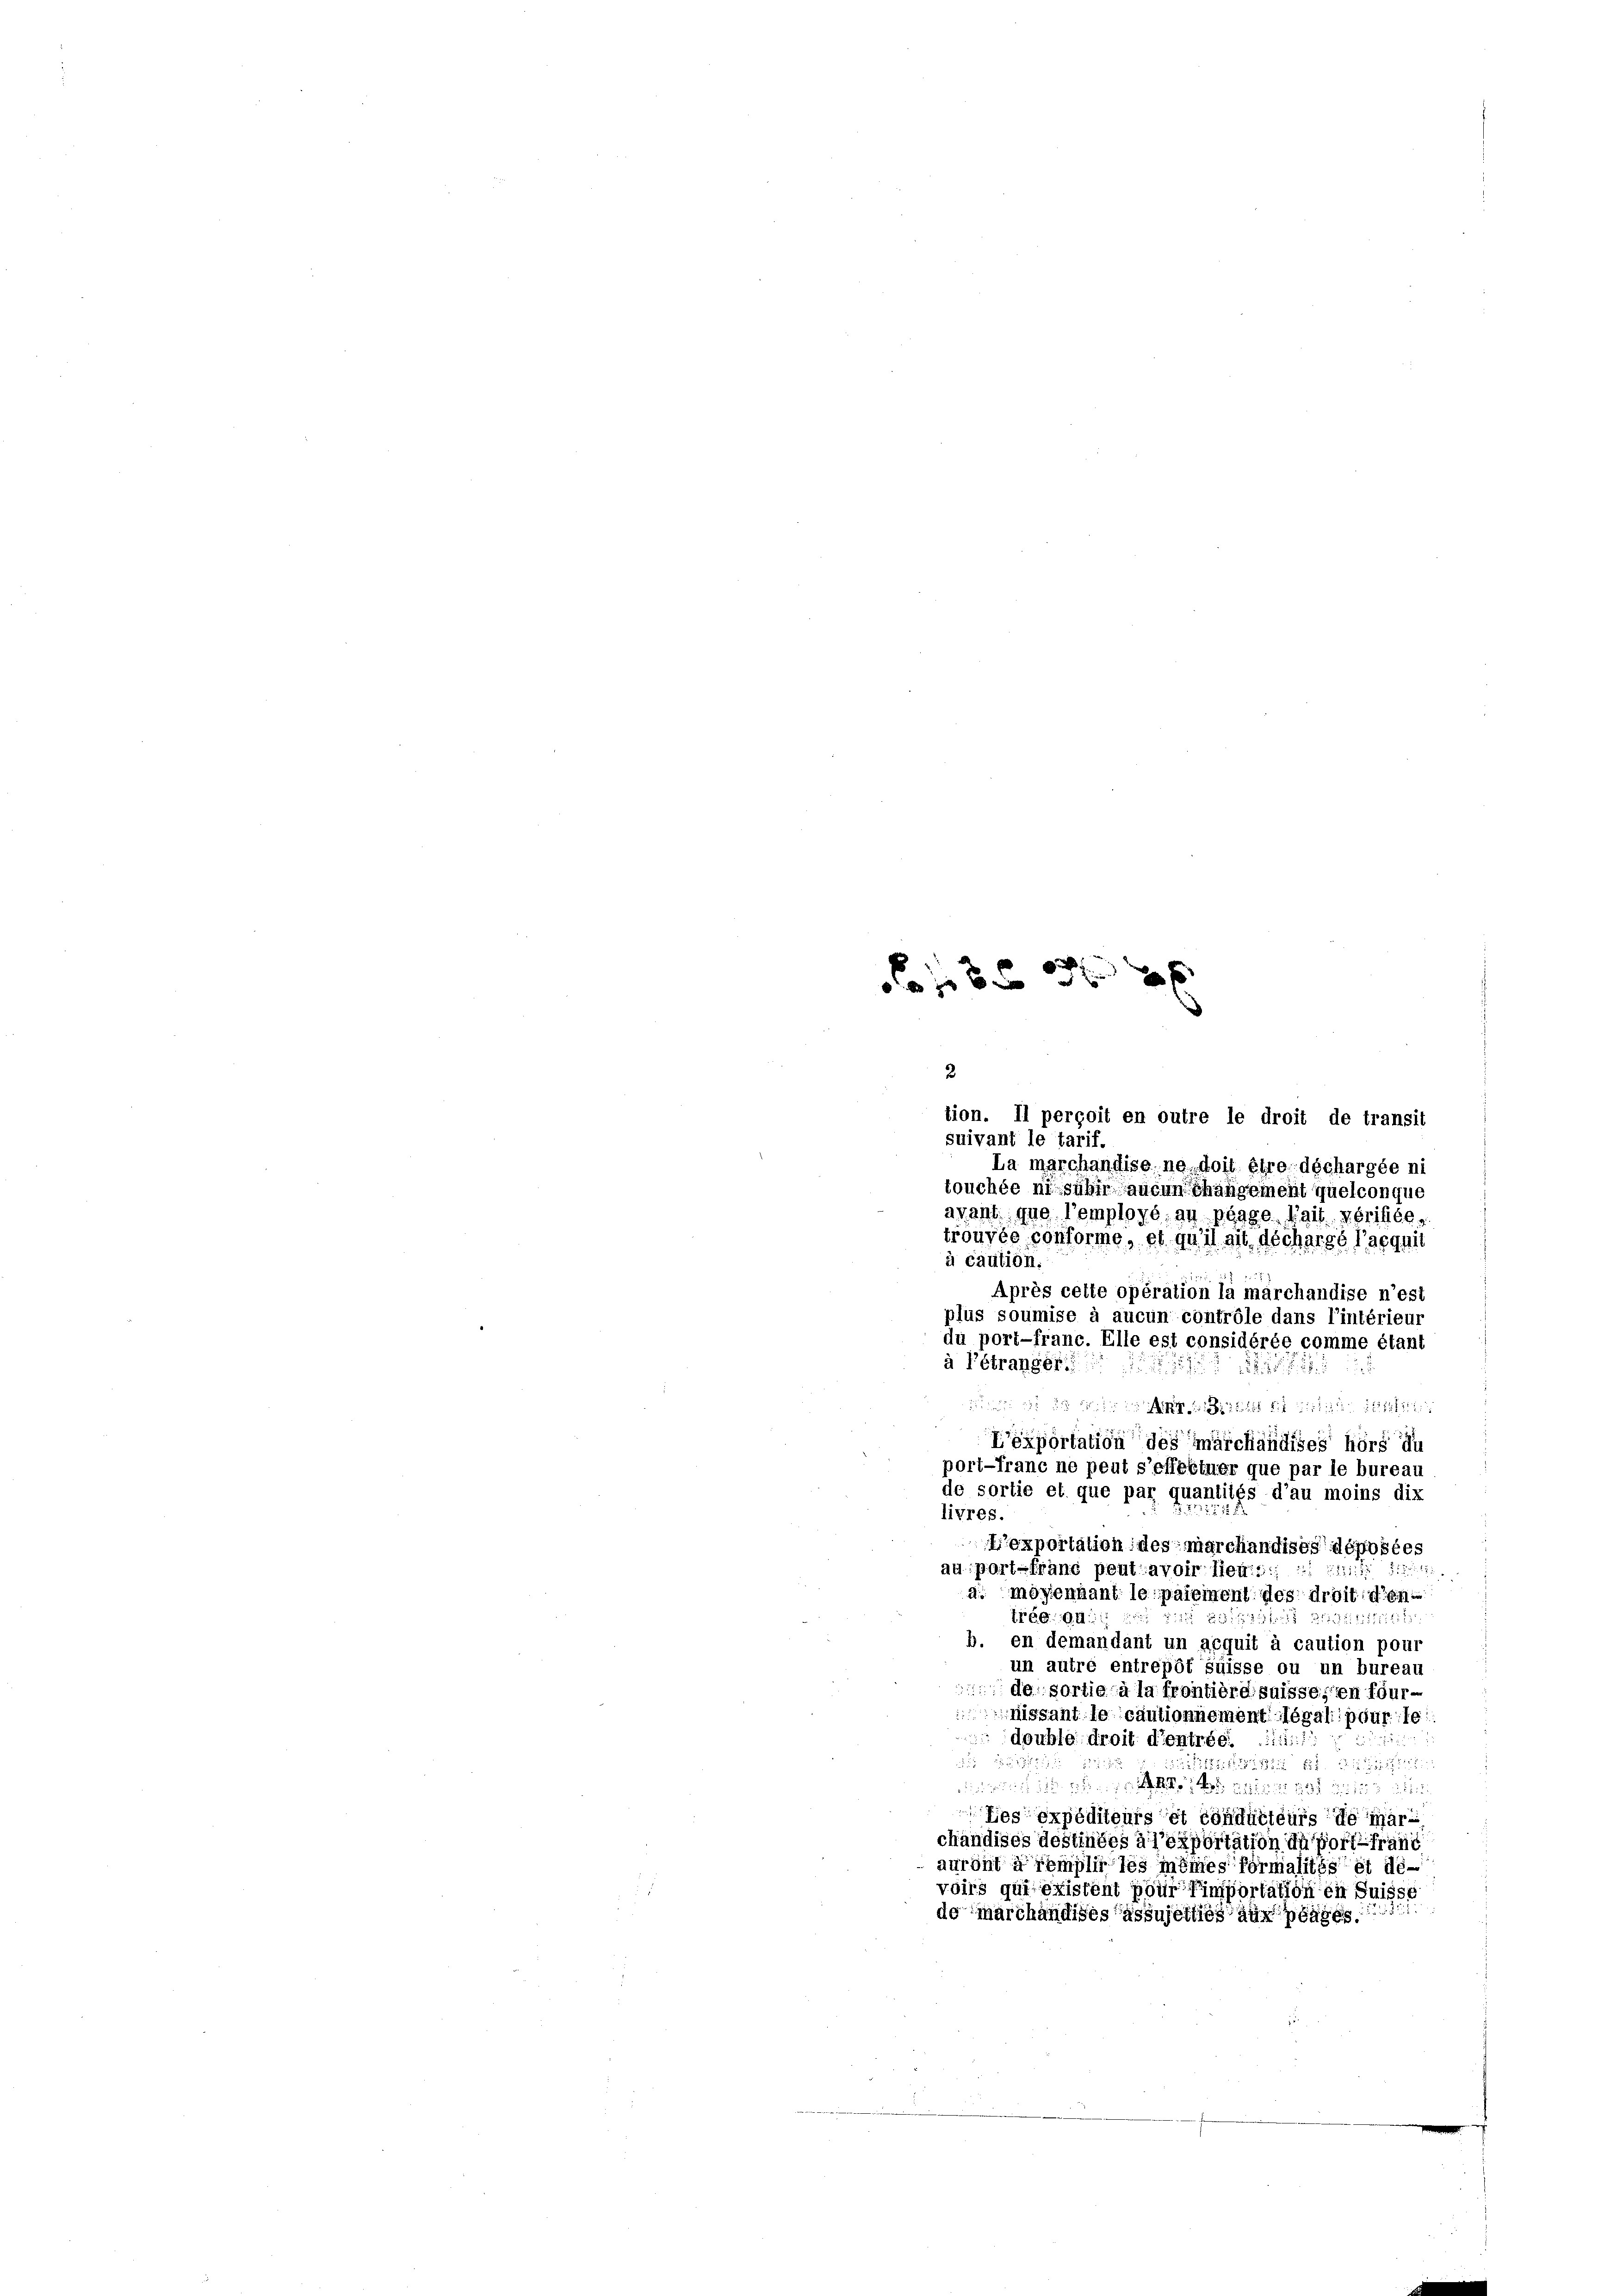
2 x
f 18 x

2
tion. Il perçoit en outre le droit de transit
suivant le tarif.
La marchandise ne doit être déchargée ni
touchée ni suhin aucun changement quelconque
avant que l’employé au pägge lail vérifiée,
trouvée conforme, et qu’il ait déchargé l’acquit
à caution.
Après cette opération la marchandise n’est
plus soumise à aucun contrôle dans l’intérieur
du port-franc. Elle est considérée comme étant
à l’étranger.
25

  d   die Stil die
L’exportation des marchändiges hörs du
pori-franc ne peut s’effektuer que par le bureau
de sortie et que par quantités d’au moins dix
livres.
Lexportation des marchandisce déposées
2
au port-franc peut avoir lieu::
a mögennant le paiement des droit den
trée au
111 Stift
b. en demandant un acquit à caution pour
un autré entrepôt suisse ou un bureau
de sortie à la frontière suisse en four-
missant le cautionnement légali pour le
double droit d’entrée 1111. 1
1888. 524. 11255
as
tos expéditeurs et conducteurs de mari
chändises destinées à l’exportation du fort franc
auront à remplir les mêmes formalités et dé-
voirs qui existent pour Eimportation in Suisse
de marchändises assujetties auf pages